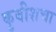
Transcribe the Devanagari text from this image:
कुबीशचा